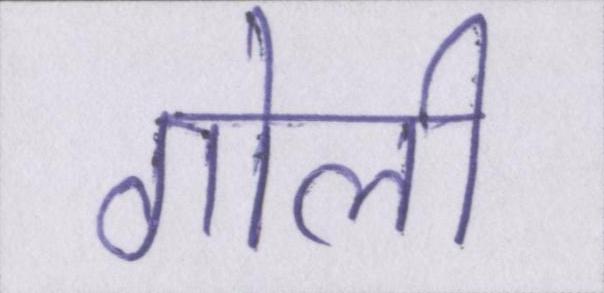
गोली